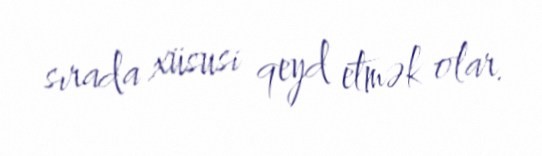
sırada xüsusi qeyd etmək olar.